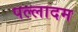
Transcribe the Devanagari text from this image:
पल्लादम